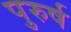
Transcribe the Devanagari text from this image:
पुरुर्ष